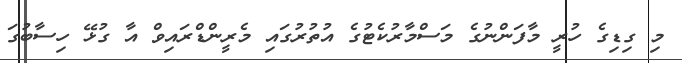
މި ގިޑިގެ ހުރީ މާފަންނުގެ މަސްމާރުކެޓުގެ އުތުރުގައި މެރީންޑްރައިވް އާ ގުޅޭ ހިސާބުގަ